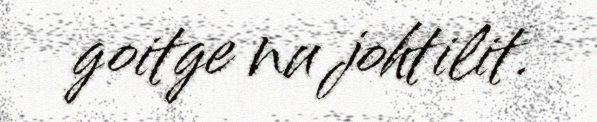
goitge nu johtilit.